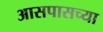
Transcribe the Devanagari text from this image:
अासपासच्या